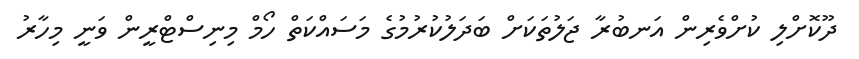
ދޫކޮށްލި ކުށްވެރިން އަނބުރާ ޖަލުތަކަށް ބަދަލުކުރުމުގެ މަސައްކަތް ހޯމް މިނިސްޓްރީން ވަނީ މިހާރު